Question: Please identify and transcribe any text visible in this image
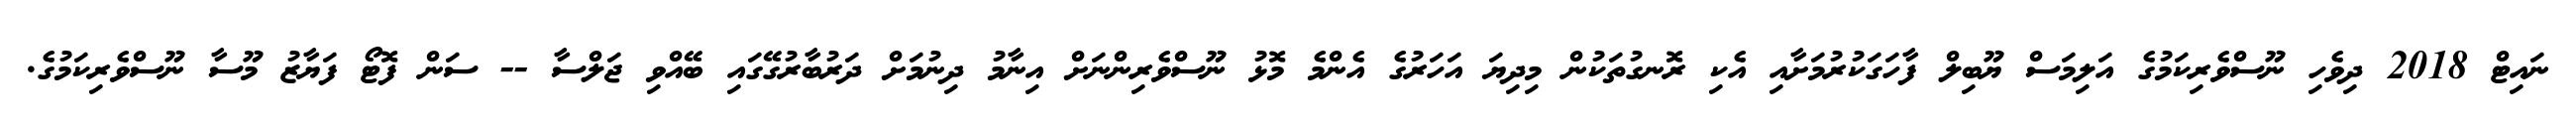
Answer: ނައިޓް 2018 ދިވެހި ނޫސްވެރިކަމުގެ އަލިމަސް ޔޫބިލް ފާހަގަކުރުމަށާއި އެކި ރޮނގުތަކުން މިދިޔަ އަހަރުގެ އެންމެ މޮޅު ނޫސްވެރިންނަށް އިނާމު ދިނުމަށް ދަރުބާރުގޭގައި ބޭއްވި ޖަލްސާ -- ސަން ފޮޓޯ ފަޔާޒު މޫސާ ނޫސްވެރިކަމުގެ.